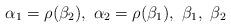
LaTeX: \begin{align*}\alpha_1=\rho(\beta_2),\ \alpha_2=\rho(\beta_1),\ \beta_1, \ \beta_2\end{align*}